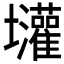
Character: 𱘝